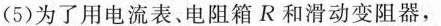
(5)为了用电流表、电阻箱R和滑动变阻器，